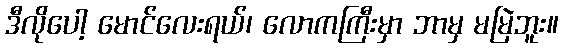
ဒီလိုပေါ့ မောင်လေးရယ်၊ လောကကြီးမှာ ဘာမှ မမြဲဘူး။